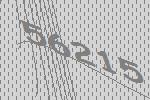
56215